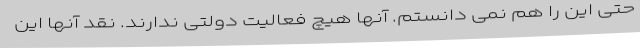
حتی این را هم نمی دانستم. آنها هیچ فعالیت دولتی ندارند. نقد آنها این